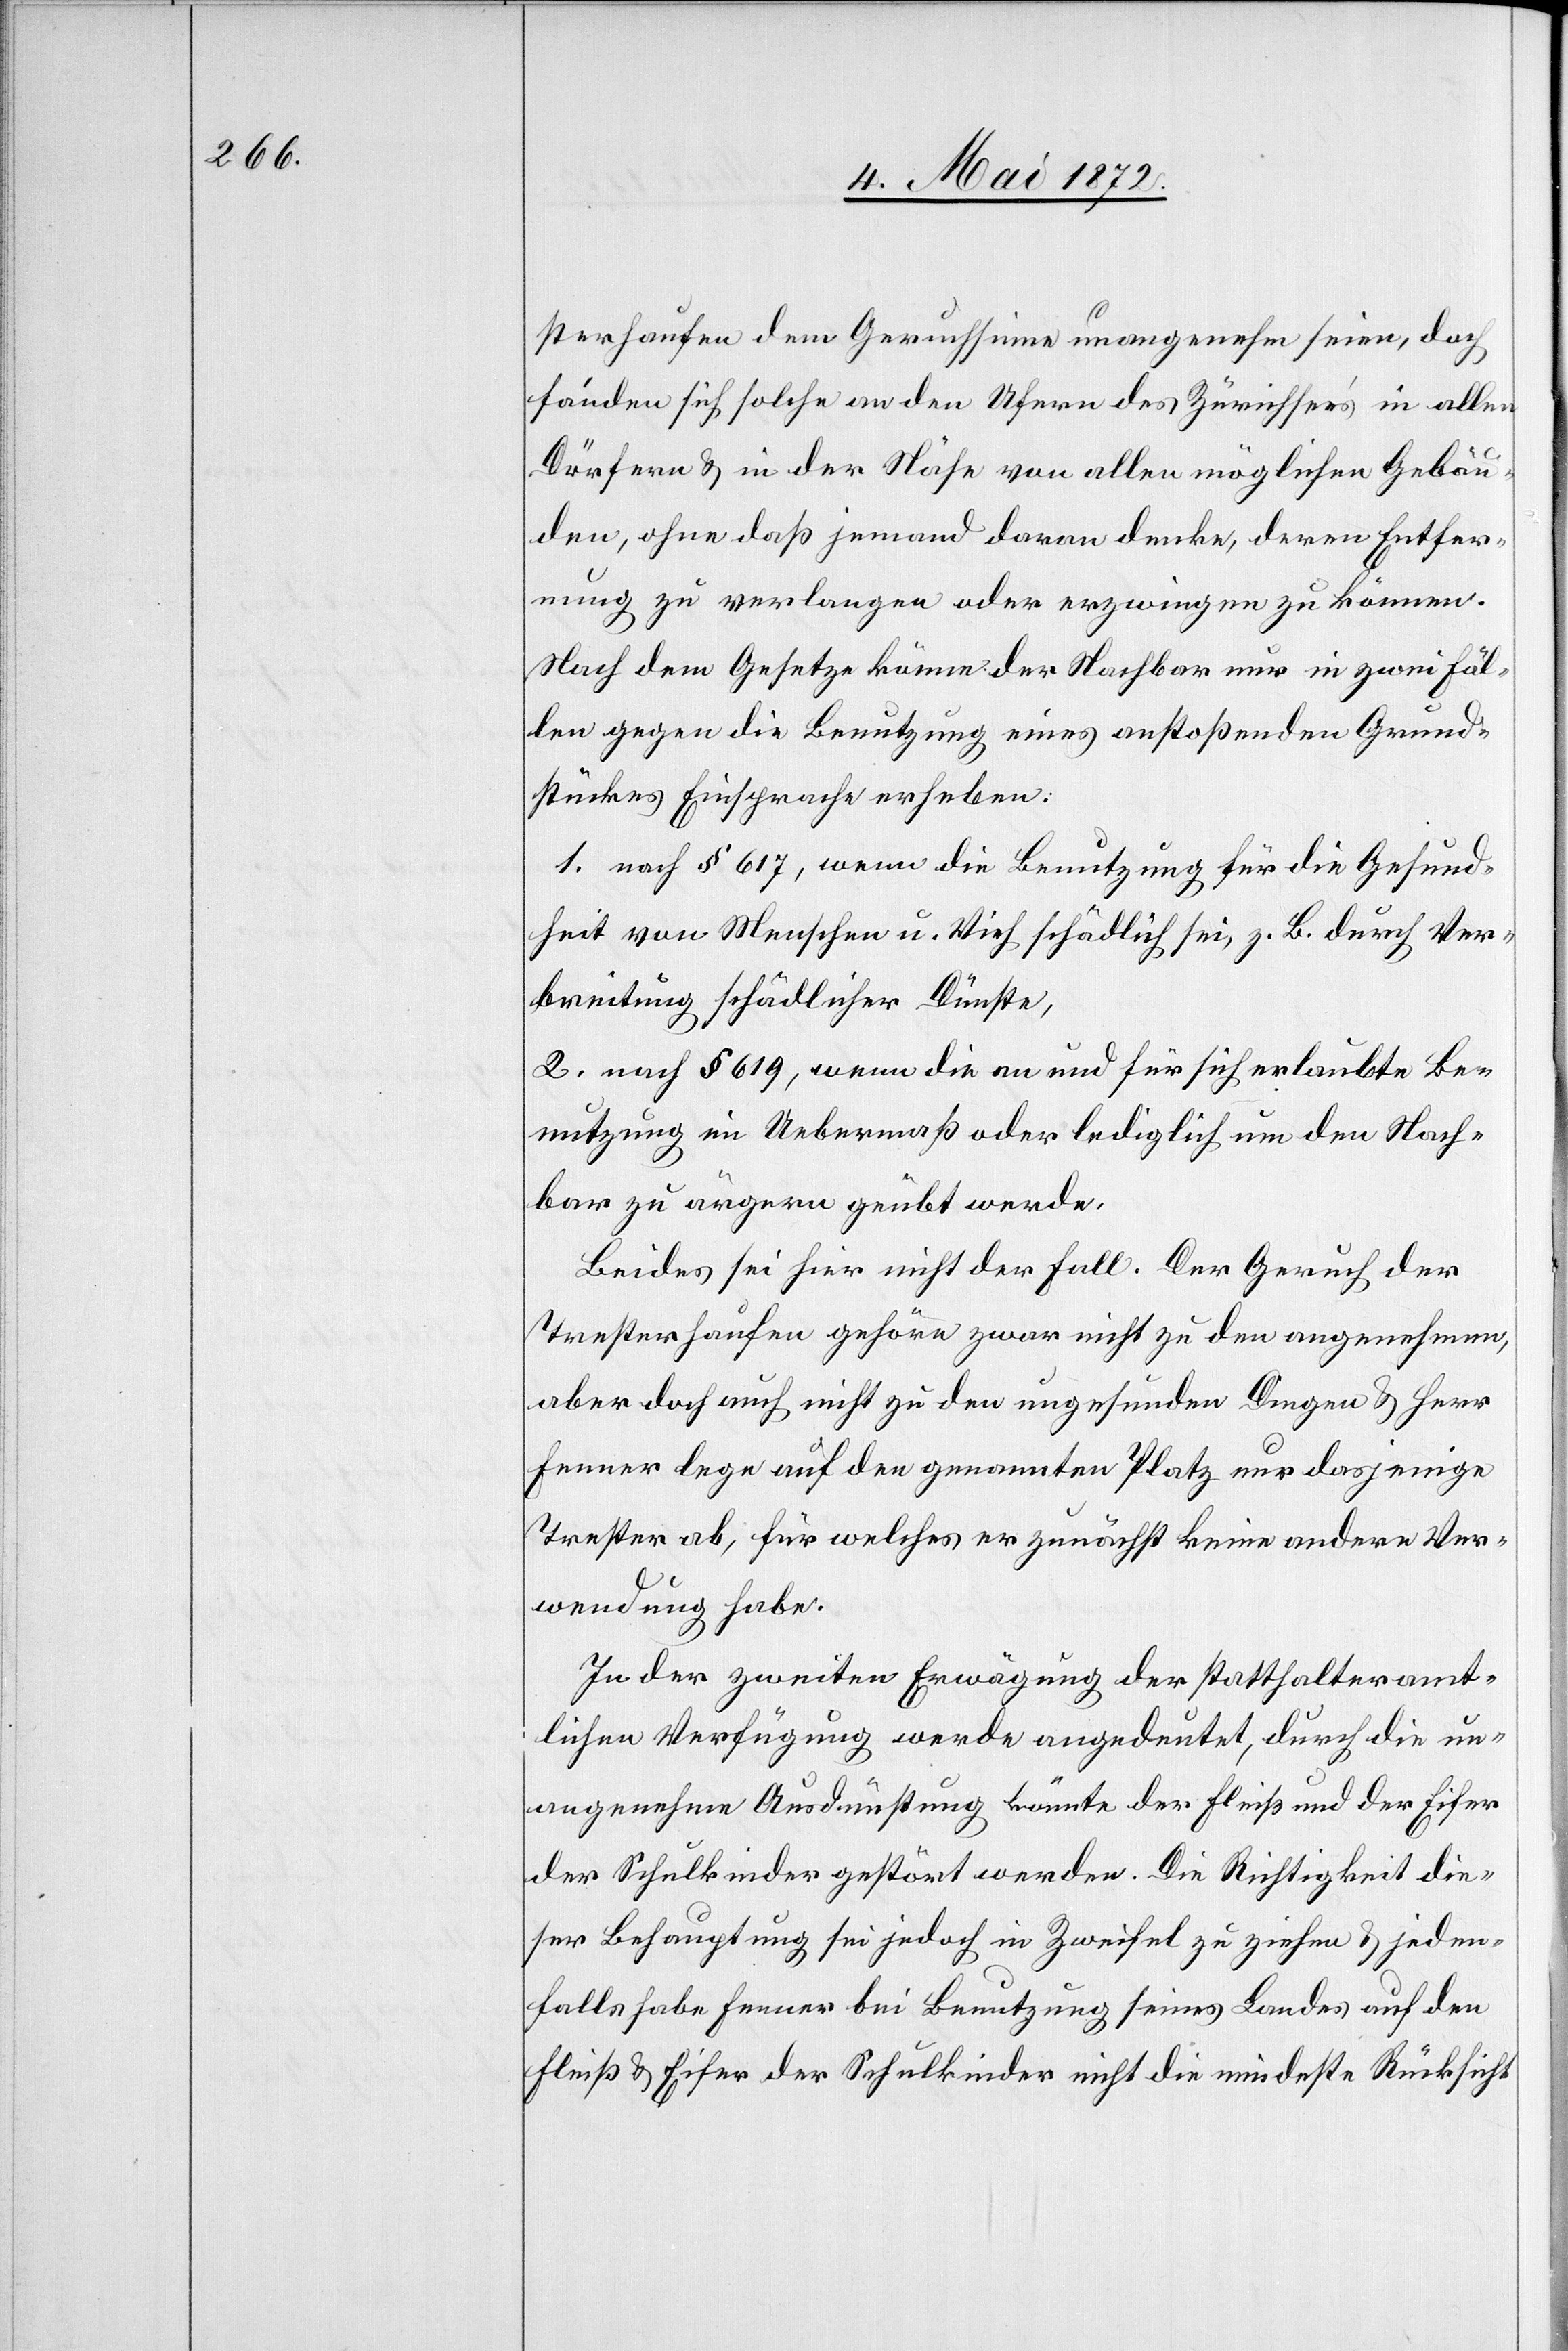
sterhaufen dem Geruchsinne unangenehm seien, doch
fanden sich solche an den Ufern des Zürichsee’s in allen
Dörfern u. in der Nähe von allen möglichen Gebäu¬
den, ohne daß jemand daran denke, deren Entfer¬
nung zu verlangen oder erzwingen zu können.
Nach dem Gesetze könne der Nachbar nur in zwei Fäl¬
len gegen die Benutzung eines anstoßenden Grund¬
stückes Einsprache erheben:
1. nach § 617, wenn die Benutzung für die Gesund¬
heit von Menschen u. Vieh schädlich sei, z. B. durch Ver¬
breitung schädlicher Dünste,
2. nach § 619, wenn die an und für sich erlaubte Be¬
nutzung im Uebermaß oder lediglich um den Nach¬
bar zu ärgern geübt werde.
Beides sei hier nicht der Fall. Der Geruch der
Tresterhaufen gehöre zwar nicht zu den angenehmen,
aber doch auch nicht zu den ungesunden Dingen u. Herr
Fenner lege auf den genannten Platz nur dasjenige
Trester ab, für welches er zunächst keine andere Ver¬
wendung habe.
In der zweiten Erwägung der statthalteramt¬
lichen Verfügung werde angedeutet, durch die un¬
angenehme Ausdünstung könnte der Fleiß und der Eifer
der Schulkinder gestört werden. Die Richtigkeit die¬
ser Behauptung sei jedoch in Zweifel zu ziehen u. jeden¬
falls habe Fenner bei Benutzung seines Landes auf den
Fleiß u. Eifer der Schulkinder nicht die mindeste Rücksicht